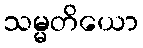
သမ္မတိယော